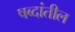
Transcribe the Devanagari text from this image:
षब्दांतील